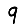
Digit: 9